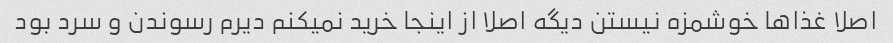
اصلا غذاها خوشمزه نیستن دیگه اصلا از اینجا خرید نمیکنم دیرم رسوندن و سرد بود